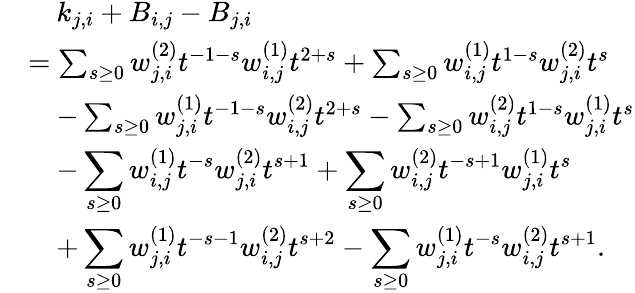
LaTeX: \begin{array}{rl}&{\quad k_{j,i}+B_{i,j}-B_{j,i}}\\ &{=\sum_{s\geq 0}w_{j,i}^{(2)}t^{-1-s}w_{i,j}^{(1)}t^{2+s}+\sum_{s\geq 0}w_{i,j}^{(1)}t^{1-s}w_{j,i}^{(2)}t^{s}}\\ &{\quad-\sum_{s\geq 0}w_{j,i}^{(1)}t^{-1-s}w_{i,j}^{(2)}t^{2+s}-\sum_{s\geq 0}w_{i,j}^{(2)}t^{1-s}w_{j,i}^{(1)}t^{s}}\\ &{\quad-\displaystyle\sum_{s\geq 0}w_{i,j}^{(1)}t^{-s}w_{j,i}^{(2)}t^{s+1}+\displaystyle\sum_{s\geq 0}w_{i,j}^{(2)}t^{-s+1}w_{j,i}^{(1)}t^{s}}\\ &{\quad+\displaystyle\sum_{s\geq 0}w_{j,i}^{(1)}t^{-s-1}w_{i,j}^{(2)}t^{s+2}-\displaystyle\sum_{s\geq 0}w_{j,i}^{(1)}t^{-s}w_{i,j}^{(2)}t^{s+1}.}\end{array}